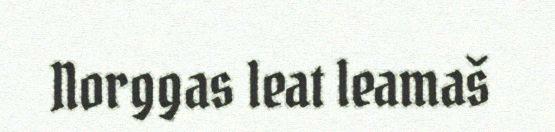
Norggas leat leamaš